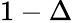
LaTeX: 1-\Delta